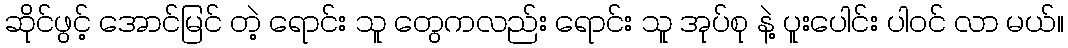
ဆိုင်ဖွင့် အောင်မြင် တဲ့ ရောင်း သူ တွေကလည်း ရောင်း သူ အုပ်စု နဲ့ ပူးပေါင်း ပါ၀င် လာ မယ်။